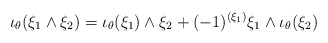
\begin{align*} \iota_\theta(\xi_1\wedge\xi_2)= \iota_\theta(\xi_1)\wedge\xi_2+ (-1)^{(\xi_1)}\xi_1\wedge \iota_\theta(\xi_2)\end{align*}